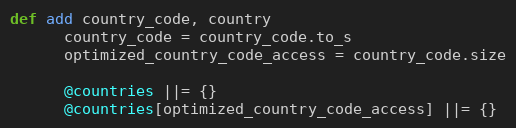
Language: Ruby
def add country_code, country
      country_code = country_code.to_s
      optimized_country_code_access = country_code.size

      @countries ||= {}
      @countries[optimized_country_code_access] ||= {}